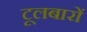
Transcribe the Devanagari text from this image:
टूलबारों